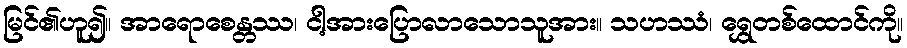
မြင်၏ဟူ၍။ အာရောစေန္တဿ၊ ငါ့အားပြောလာသောသူအား။ သဟဿံ၊ ရွှေတစ်ထောင်ကို။